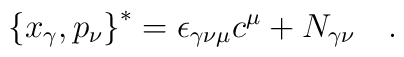
\left\{x_{\gamma},p_{\nu}\right\}^* = \epsilon_{\gamma\nu\mu}c^{\mu} + N_{\gamma\nu}\quad .